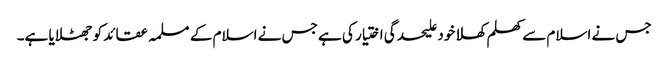
جس نے اسلام سے کھلم کھلا خود علیحدگی اختیار کی ہے جس نے اسلام کے مسلمہ عقائد کو جھٹلایا ہے۔